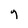
Character: g